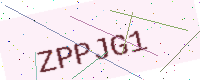
Text: ZPPJG1